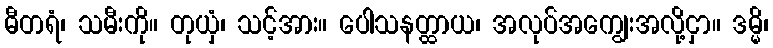
ဓီတရံ၊ သမီးကို။ တုယှံ၊ သင့်အား။ ပေါသနတ္ထာယ၊ အလုပ်အကျွေးအလို့ငှာ။ ဒမ္မိ၊